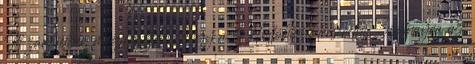
Itt zárójelben megjegyzem, hogy a Hollóházit lecserélni Zsolnayra az